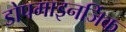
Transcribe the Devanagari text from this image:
डोपमाइनर्जिक